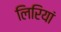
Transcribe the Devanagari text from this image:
लिरियां